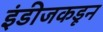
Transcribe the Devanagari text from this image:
इंडीजकडून